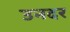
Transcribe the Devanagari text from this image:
उनदर